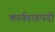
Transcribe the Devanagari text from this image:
कार्यवाहपदी